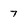
Character: 7